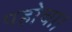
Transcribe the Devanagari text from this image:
पहोचा।